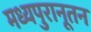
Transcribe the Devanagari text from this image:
मध्यपुरानूतन